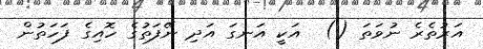
އަރުތެރެ ނުވަތަ ()  އަކީ އަނގަ އަދި ނޭފަތުގެ ހޮއިގެ ފަހަތުން